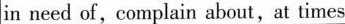
in need of,complain about,at times